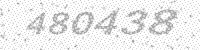
Solution: 480438